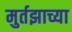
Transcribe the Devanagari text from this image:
मुर्तझाच्या